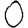
Digit: 0